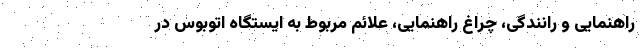
راهنمایی و رانندگی، چراغ راهنمایی، علائم مربوط به ایستگاه اتوبوس در